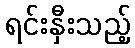
ရင်းနှီးသည့်